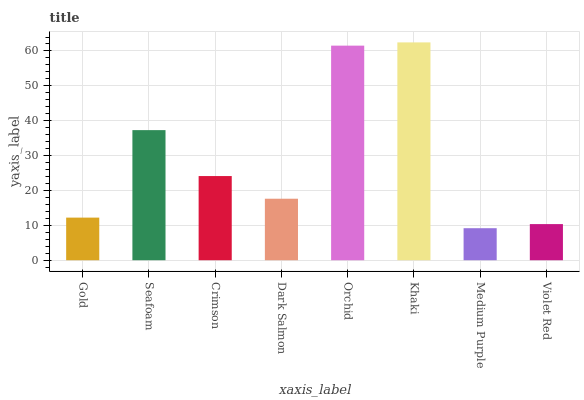
| xaxis_label | bars |
 | --- | --- |
 | Gold | 12.2 |
 | Seafoam | 37.3 |
 | Crimson | 24.1 |
 | Dark Salmon | 17.6 |
 | Orchid | 61.5 |
 | Khaki | 62.5 |
 | Medium Purple | 9.18 |
 | Violet Red | 10.4 |